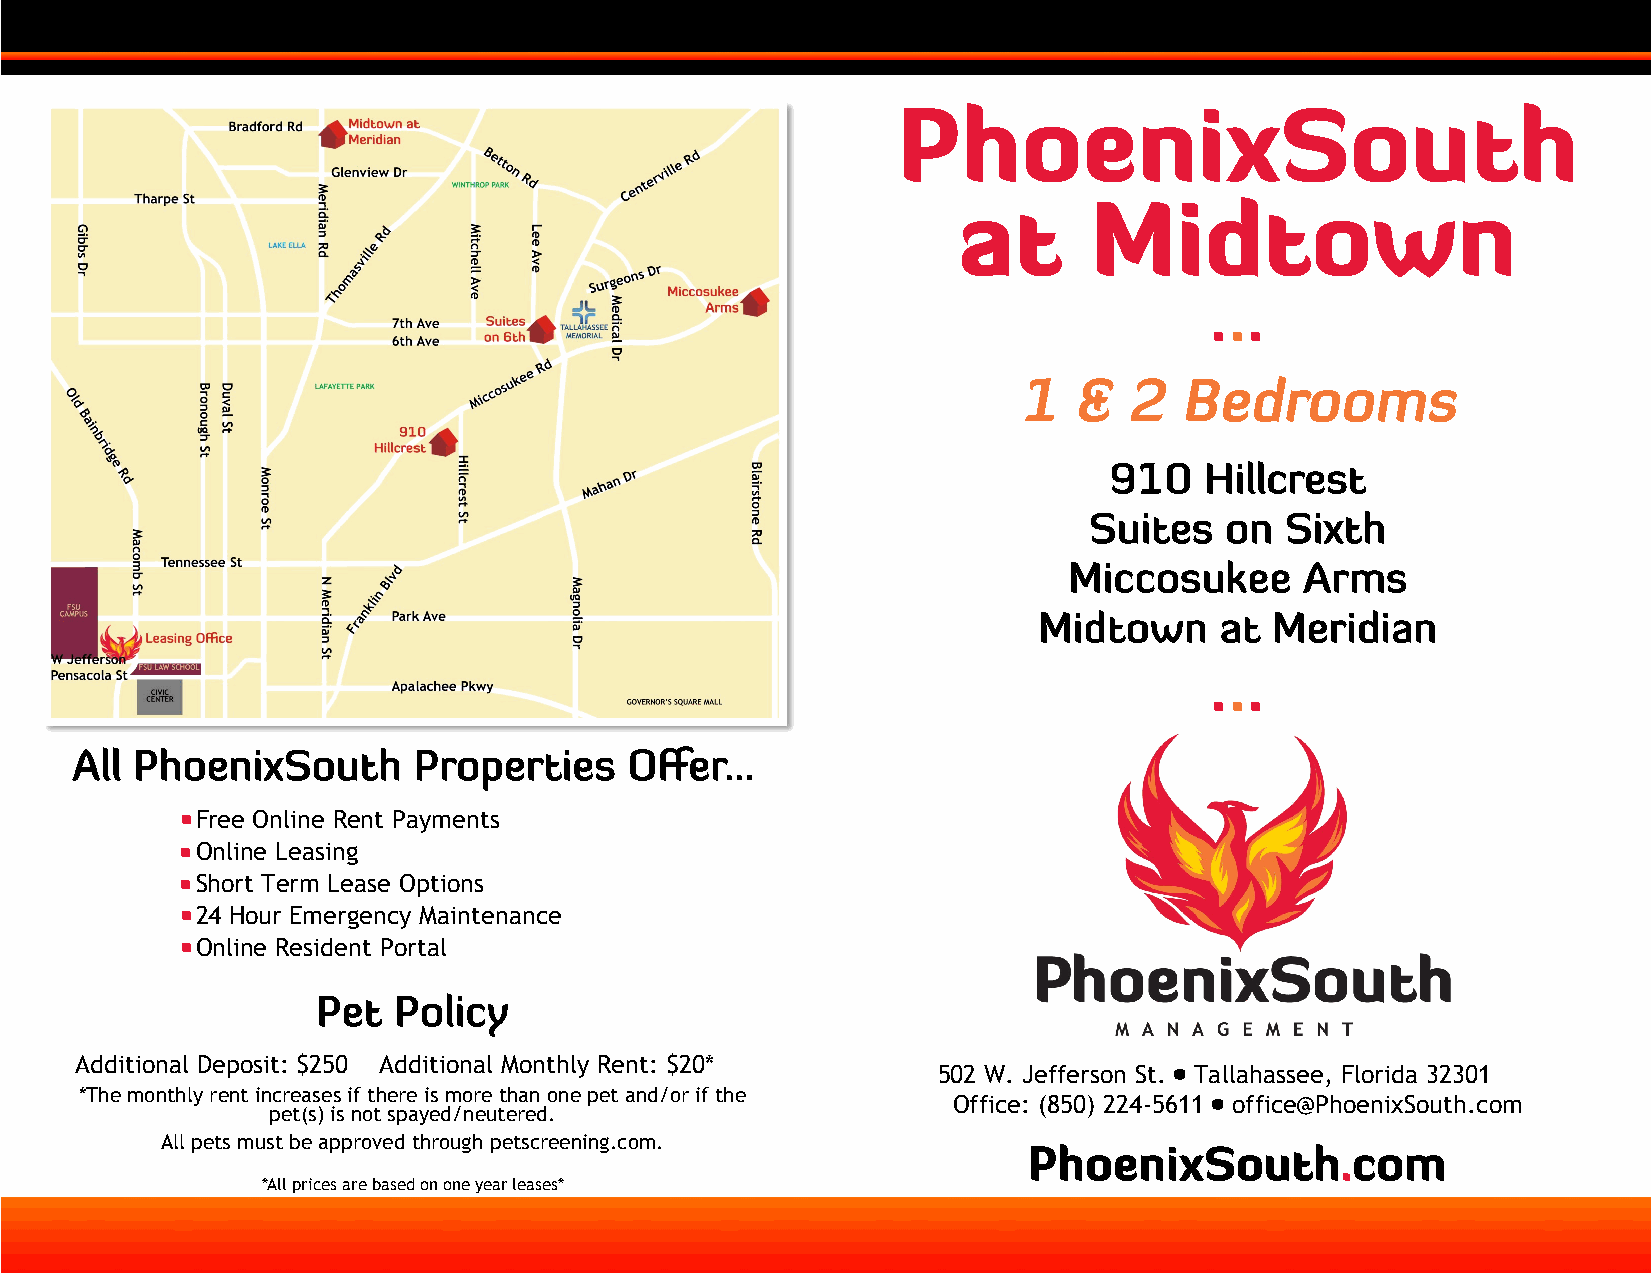
F ree Online Rent Payments
 Online Leasing
 Short Term Lease Options
 2 4 Hour Emergency Maintenance
 O nline Resident Portal
 Additional Deposit: $250 Additional Monthly Rent: $20*
 502 W. Jefferson St. Tallahassee, Florida 32301
 *The monthly rent increases if there is more than one pet and/or if the
 Office: (850) 224-5611 office@PhoenixSouth.com
 pet(s) is not spayed/neutered.
 All pets must be approved through petscreening.com.
 *All prices are based on one year leases*